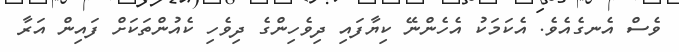
ވެސް އެނގެއެވެ. އެކަމަކު އެހެންނޭ ކިޔާފައި ދިވެހިންގެ ދިވެހި ކެއުންތަކަށް ފައިން އަރާ